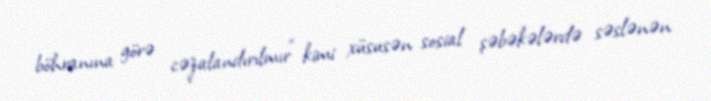
böhranına görə cəzalandırılmır” kimi xüsusən sosial şəbəkələrdə səslənən